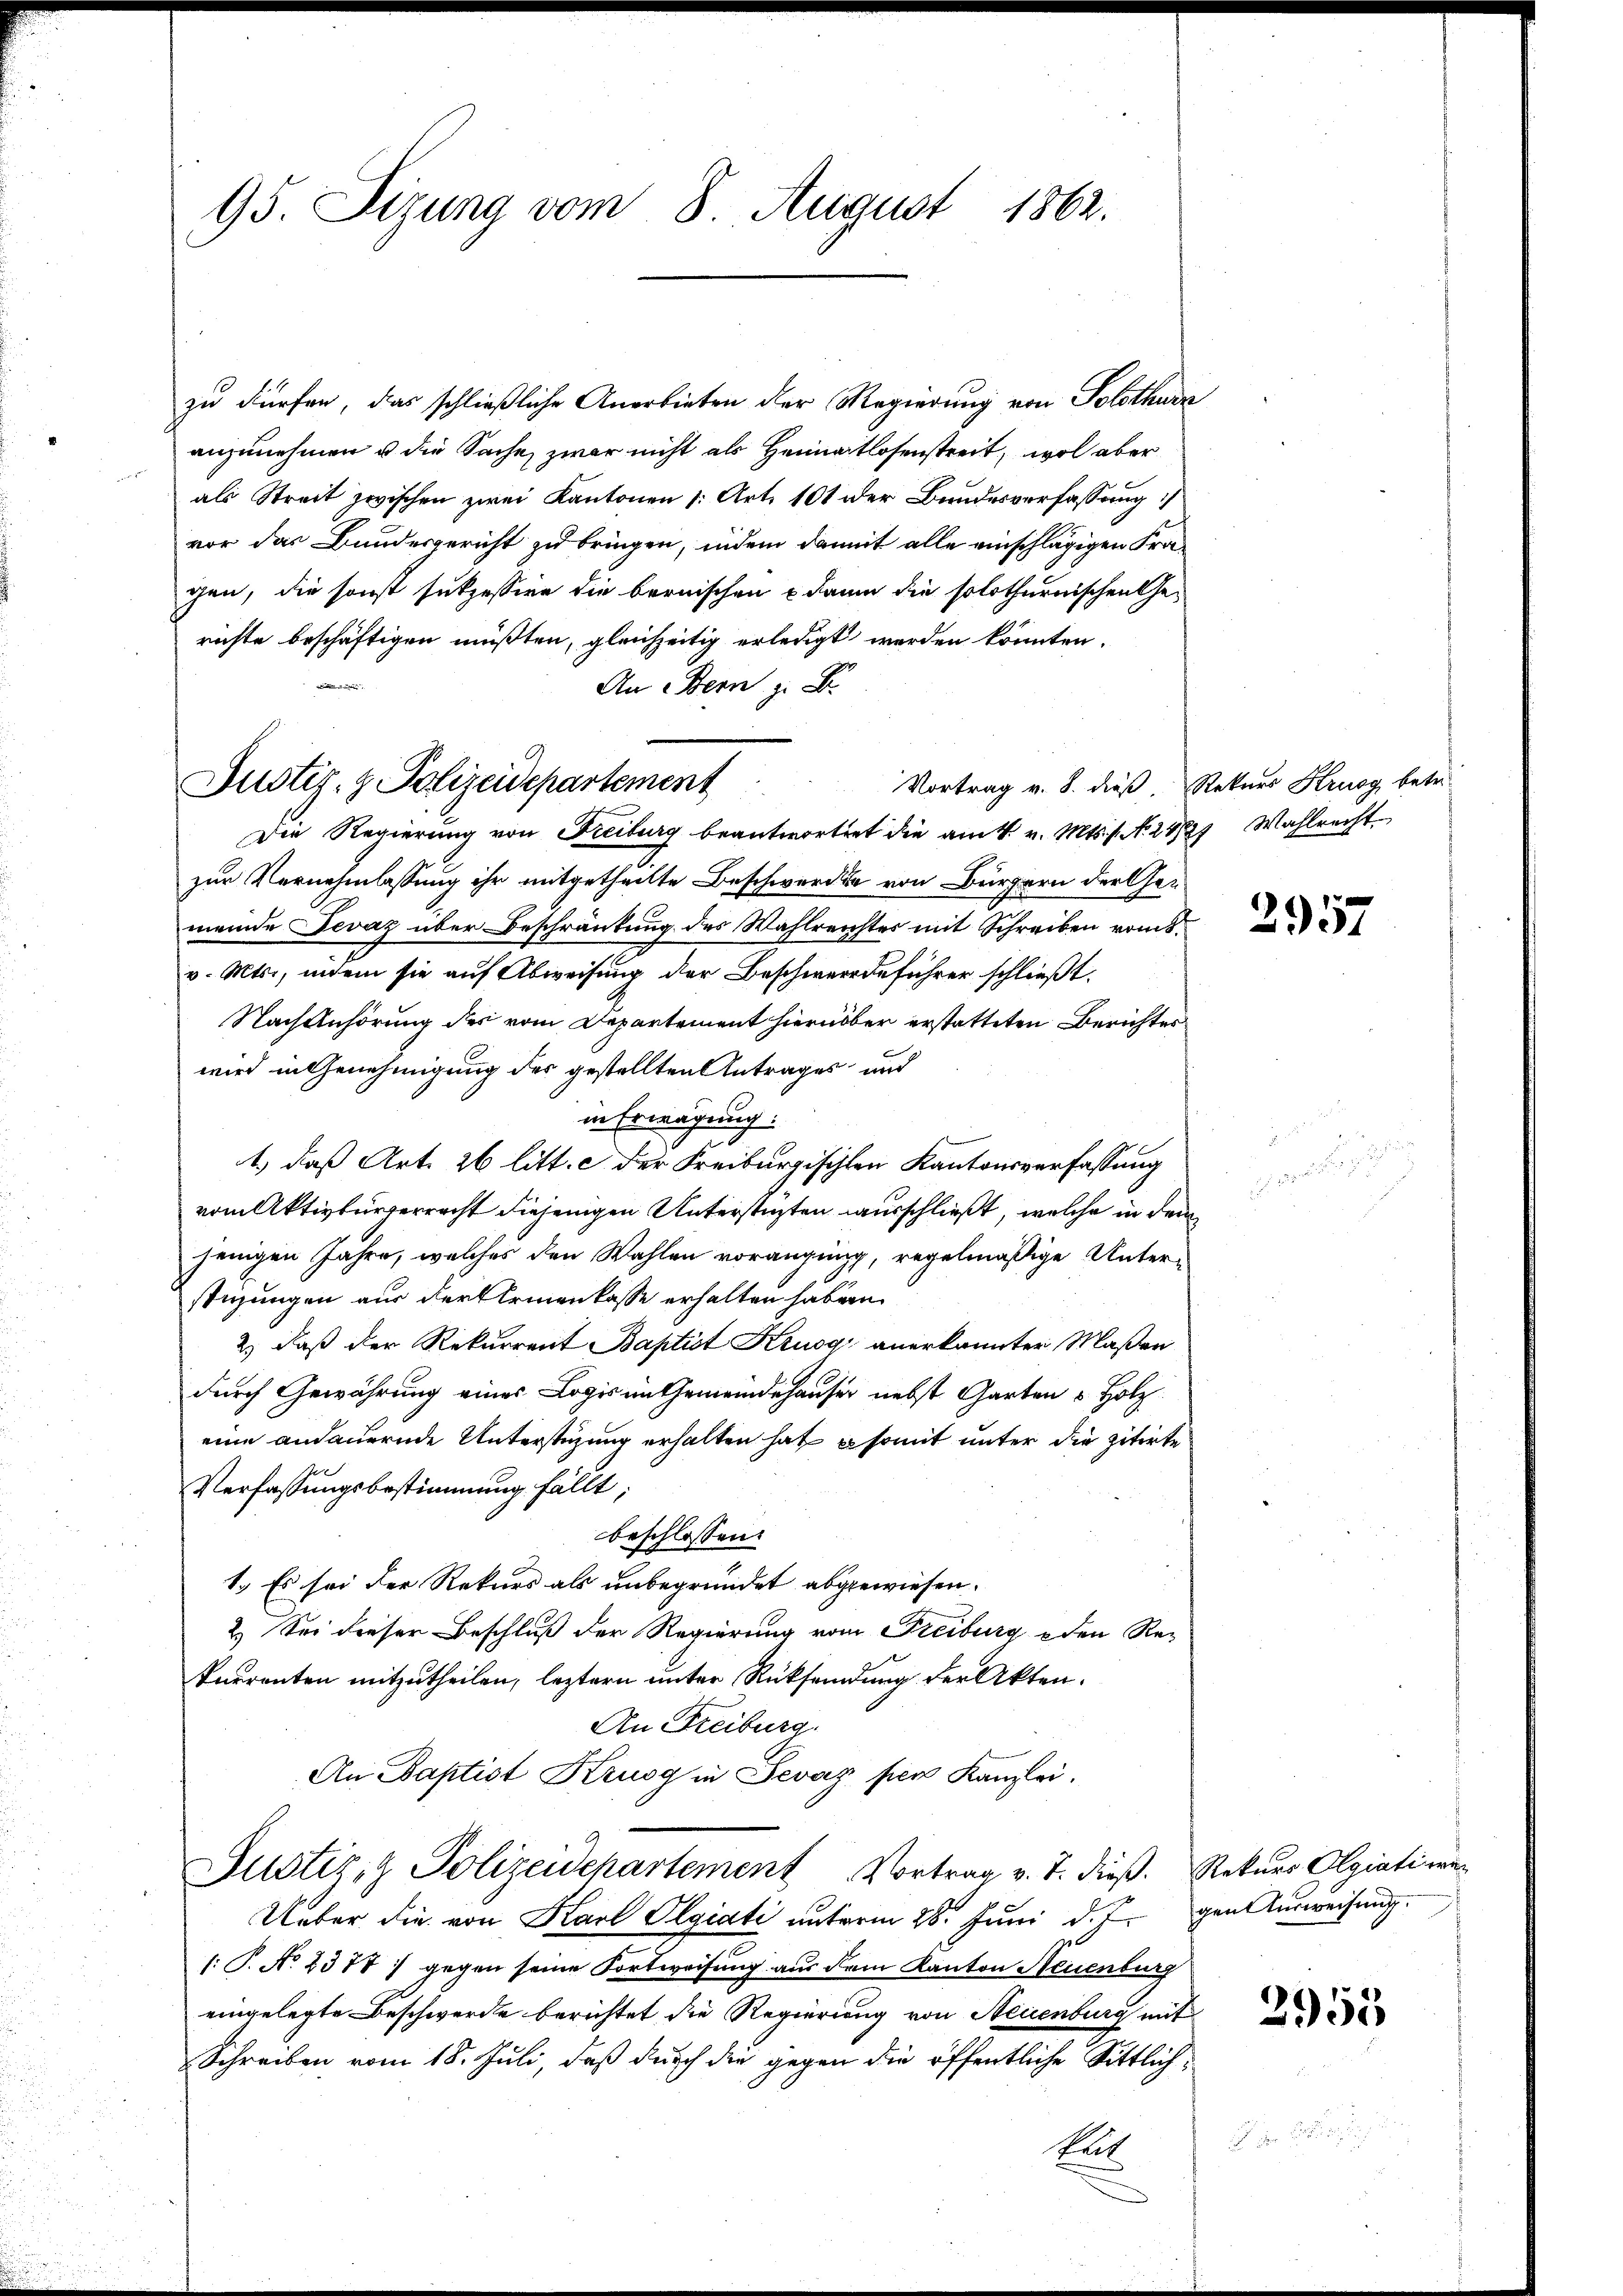
95. Sizung vom 8. August 1862.

zu dürfen, das schließliche Anerbieten der Regierung von Solothurn
anzunehmen u die Sache, zwar nicht als Heimatlosenstreit, wol aber
als Streit zwischen zwei Kantonen 1. Art. 101 der Bundesverfassung
vor das Bundesgericht zu bringen, indem damit alle einschlägigen Fragen, die sonst sukzessire die bernischen kaum die solothurnischen Ge-
richte beschäftigen müßten, gleichzeitig erledigt werden könnten.
An Bern z. B.
Die Regierung von Freiburg beantwortet die am 4. v. Mts. s. N. 2827 Wahlrecht
zur Vernehmlassung ihr mitgetheilte Beschwerden von Bürgern der Genmeinde Jevaz über Beschränkung des Wahlreichter mit Schreiben vom 8.
v. Mts., indem sie auf Abweisung der Beschwerdeführer schließt:
Nach Anhörung des vom Departement hierüber erstatteten Berichtes
wird in Genehmigung des gestellten Antrages und
in Erwägung.
1.) daß Art. 26 litt. c der Freiburgischten Kantonsverfassung
vom Aktivbürgerrecht diejenigen Unterstüzten ausschließt, welche in dem
jenigen Jahre, welches den Wahlen voranging, regelmäßige Unter-
stigungen aus der Armenkasse erhalten haben.
2) daß der Rekurrent Baptist Krugg anerkannter Maßen
durch Gewährung eines Logis im Gemeindehauser nebst Garten & Holz
eine andauernde Unterstüzung erhalten hat & somit unter die zitirte
Verfassungsbestimmung fällt;
beschlossen:
1.) Es sei der Rekurs als unbegründet abgewiesen.
2.) Sei dieser Beschluß der Regierung vom Freiburg - den Retneronten mitzutheilen, leztern unter Rücksendung der Akten.
An Freiburg.
An Baptist Krusg in Devaz per Kanzlei.
Justiz- & Polizeidepartement Vortrag v. J. dieß. Rekurs Olgiative
Ueber die von Karl Olgiati unterm 28. Juni d. J. gen Ausweisung.
( P. No 2377 : gegen seine Fortweisung aus dem Kanton Neuenburg
eingelegte Beschwerde berichtet die Regierung von Neuenburg mit
Schreiben vom 18. Juli, daß durch die gegen die öffentliche Sittlich¬
Rat

Justiz- & Polizeidepartement

Vortrag v. 8. dieß Rekurs Krugg betre

2957

2955